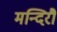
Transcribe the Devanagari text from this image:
मन्दिरौ